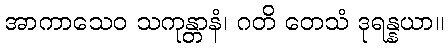
အာကာသေဝ သကုန္တာနံ၊ ဂတိ တေသံ ဒုရန္နယာ။